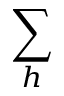
\sum _ { h }